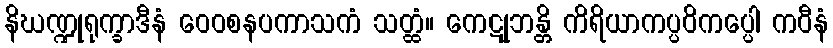
နိဃဏ္ဍုရုက္ခာဒီနံ ဝေဝစနပကာသကံ သတ္ထံ။ ကေဋုဘန္တိ ကိရိယာကပ္ပဝိကပ္ပေါ ကဝီနံ